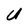
Character: U